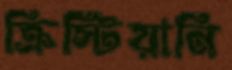
ক্রিস্টিয়ানি